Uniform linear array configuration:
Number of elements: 4
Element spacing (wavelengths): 0.5
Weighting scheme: blackman
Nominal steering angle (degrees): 30
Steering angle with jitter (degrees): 28.625
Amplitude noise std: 0.05
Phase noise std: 0.05

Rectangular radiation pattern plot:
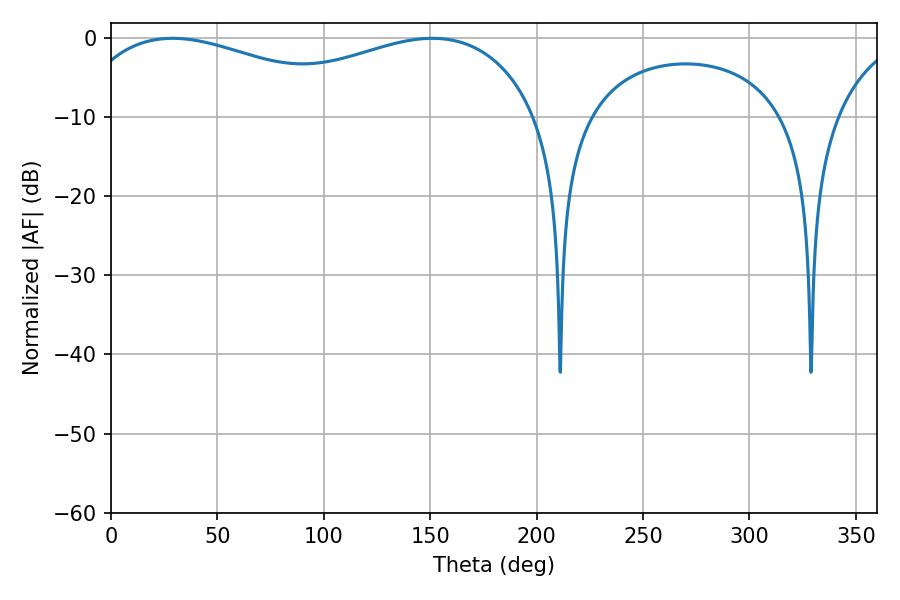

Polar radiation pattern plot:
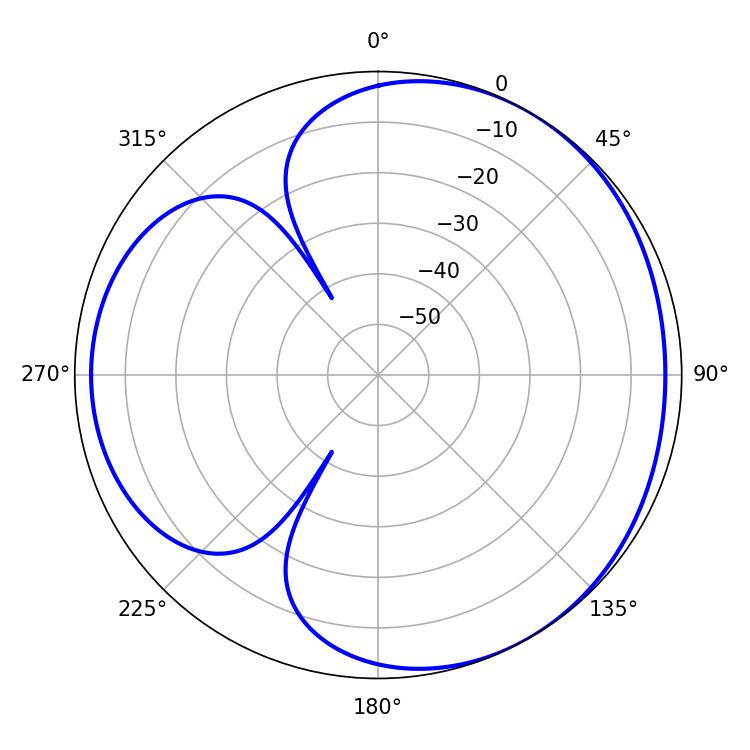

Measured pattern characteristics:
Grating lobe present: FALSE
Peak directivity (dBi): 3.502
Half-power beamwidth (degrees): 79.56
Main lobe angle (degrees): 28.98